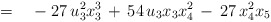
\begin{align*}\qquad\qquad = \quad -\; 27\,u_3^2x_3^3 \,+\, 54\,u_3x_3x_4^2 \,-\, 27\,x_4^2x_5\end{align*}